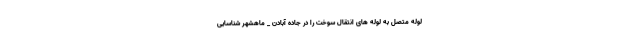
لوله متصل به لوله های انتقال سوخت را در جاده آبادن _ ماهشهر شناسایی